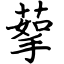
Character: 蒘